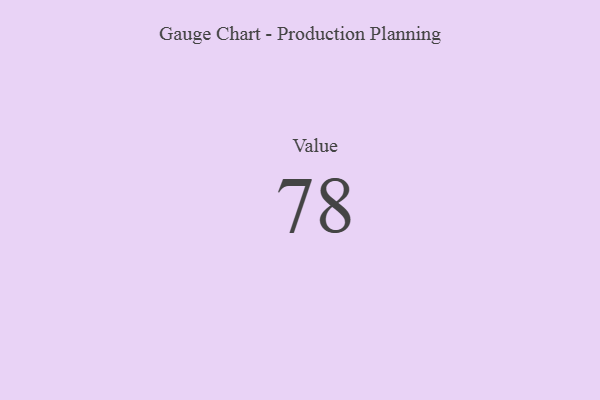
{"axis": {"x": "Metric", "y": "Value"}, "legend": [""], "data": [{"x": "Value", "y": 78, "type": ""}]}